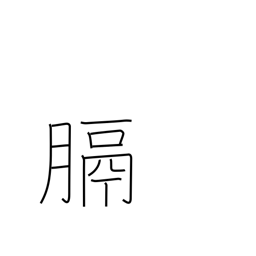
Meaning: diaphragm